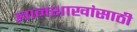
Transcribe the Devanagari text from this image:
ज्ञानशाखांसाठी